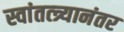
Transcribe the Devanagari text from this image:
स्वांतत्त्र्यानंतर